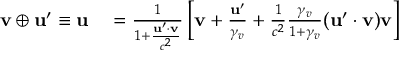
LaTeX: \begin{array} { r l } { \mathbf { v } \oplus \mathbf { u } ^ { \prime } \equiv \mathbf { u } } & { { } = { \frac { 1 } { 1 + { \frac { \mathbf { u } ^ { \prime } \cdot \mathbf { v } } { c ^ { 2 } } } } } \left[ \mathbf { v } + { \frac { \mathbf { u } ^ { \prime } } { \gamma _ { v } } } + { \frac { 1 } { c ^ { 2 } } } { \frac { \gamma _ { v } } { 1 + \gamma _ { v } } } ( \mathbf { u } ^ { \prime } \cdot \mathbf { v } ) \mathbf { v } \right] } \end{array}